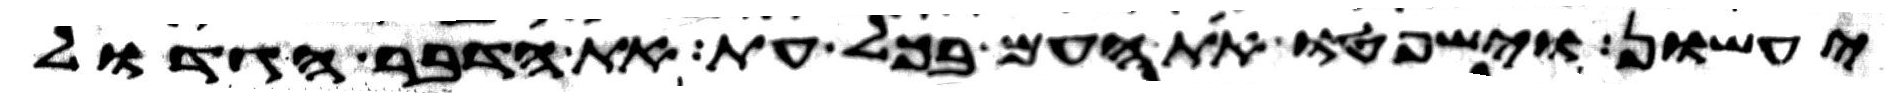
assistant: יעשון וישפטו את העם בכל עת את הדבר הגדול